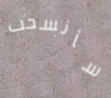
سأنسحب